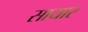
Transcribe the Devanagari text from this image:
सायार